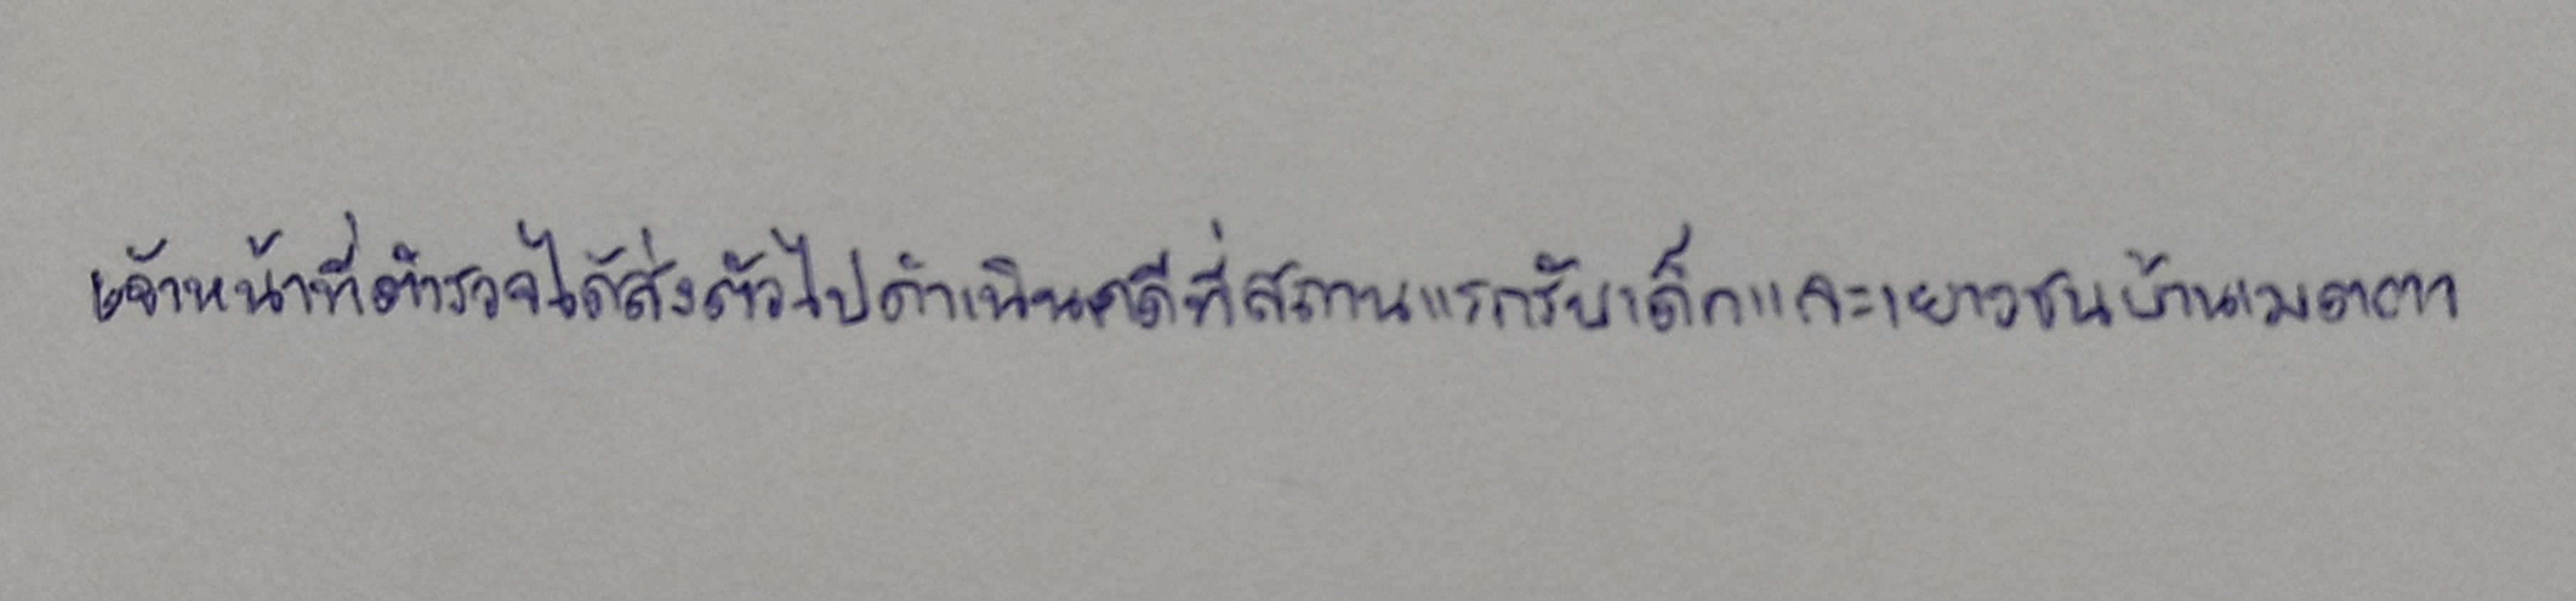
เจ้าหน้าที่ตำรวจได้ส่งตัวไปดำเนินคดีที่สถานแรกรับเด็กและเยาวชนบ้านเมตตา